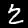
Label: 2